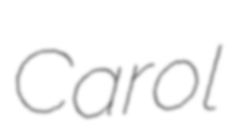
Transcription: Carol